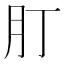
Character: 𦘭